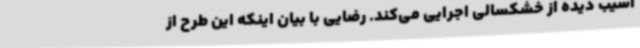
آسیب دیده از خشکسالی اجرایی می‌کند. رضایی با بیان اینکه این طرح از